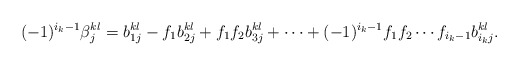
\begin{align*}(-1)^{i_k-1}\beta^{kl}_j&=b^{kl}_{1j}-f_1b^{kl}_{2j}+f_1f_2b^{kl}_{3j}+\dotsm+(-1)^{i_k-1}f_1f_2\dotsm f_{i_k-1}b^{kl}_{i_kj}.\\ \end{align*}